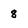
Character: 8